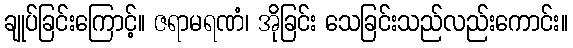
ချုပ်ခြင်းကြောင့်။ ဇရာမရဏံ၊ အိုခြင်း သေခြင်းသည်လည်းကောင်း။